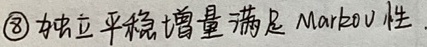
\textcircled{8} 独立平稳增量满足 Markov 性.